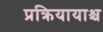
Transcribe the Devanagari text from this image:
प्रक्रियायाश्च